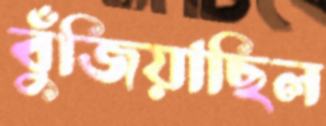
বুঁজিয়াছিল